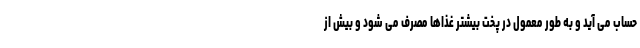
حساب می آید و به طور معمول در پخت بیشتر غذاها مصرف می شود و بیش از